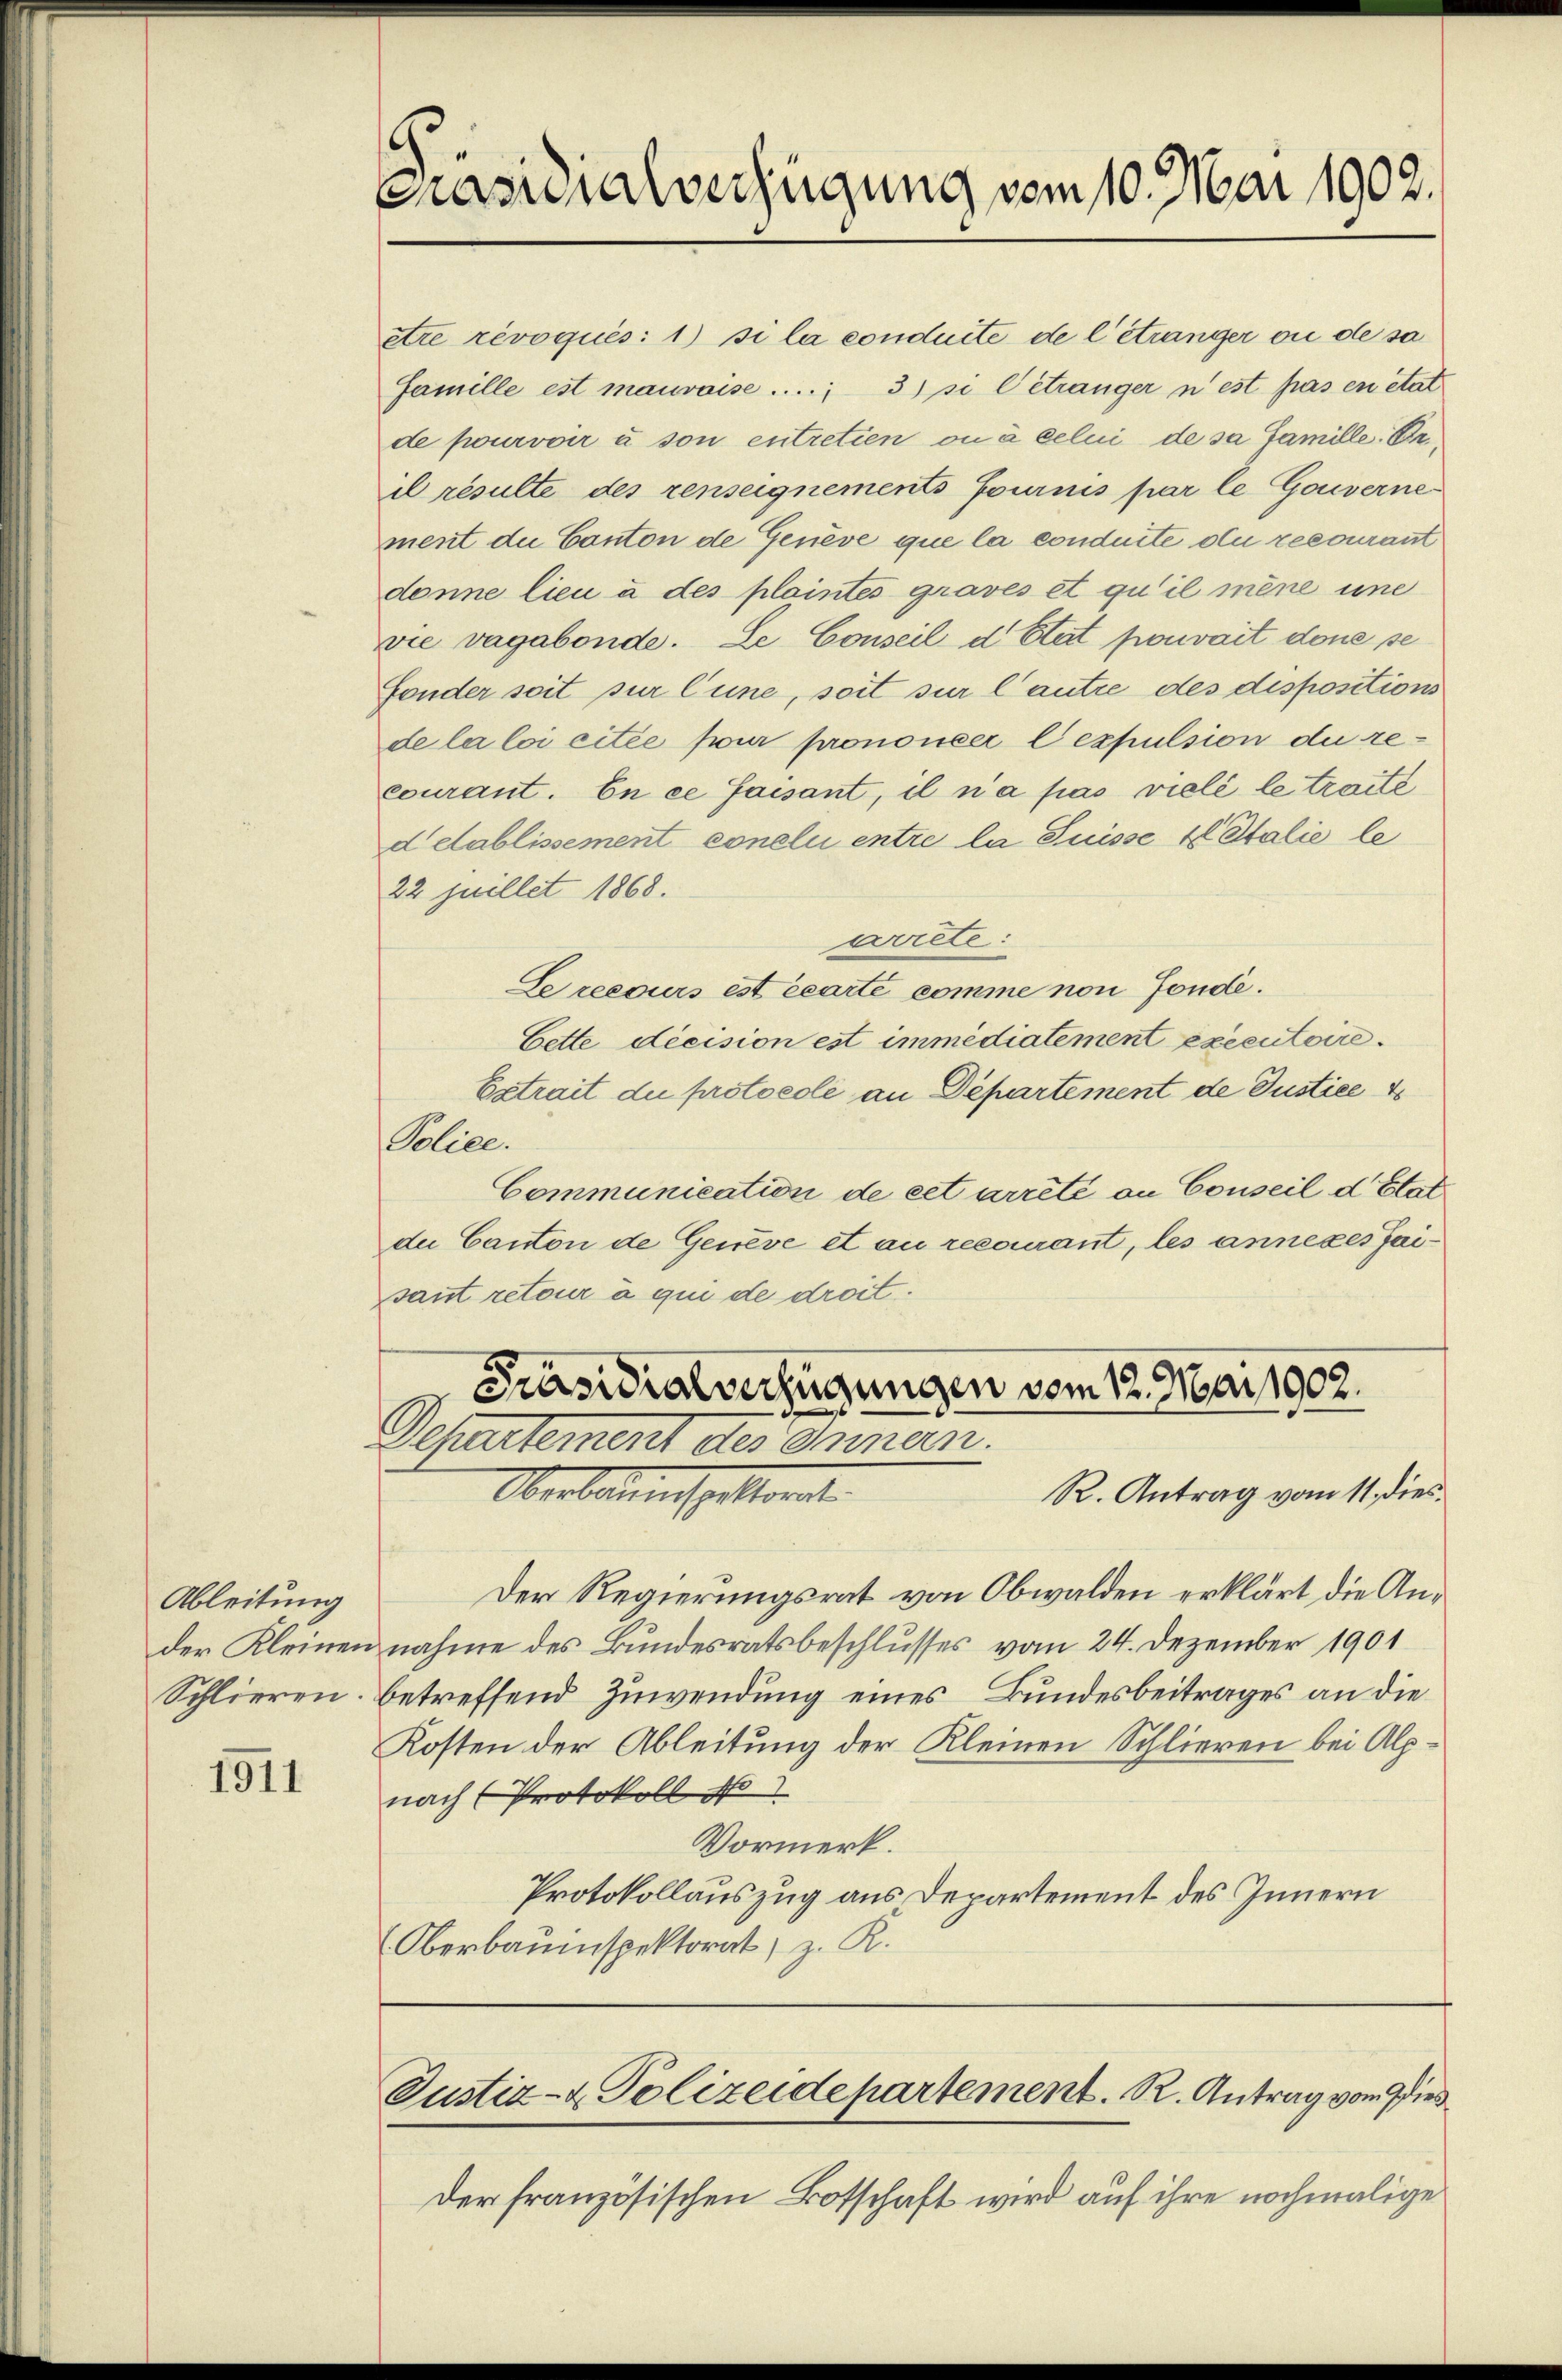
Ableitung
Schlieren.

1911

.
Präsidialverfügung vom 10. Mai 1902.

être révoqués: 1) si la conduite de l’étranger ou de sa
Famille est mauvaise ..... 3) si betränger n’est pas en état
de pourvoir à son entretien ou à celui de sa famille. Er.
d resulte des renseignements fournis par le Gouvernement die Canton de Genève que la conduite du recourant
donne lieu à des plaintes graves et qu’il mène une
Die vagabonde. Le Conseil d’Etat pouvait done se
Fonder soit sur line, soit sur l’autre des dispositions
de la loi citée pour prononcer lexpulsion du recourant. En ce faisant, il n’a pas viele le traité
detablissement conelui entre la Suisse 4 Italie le
22 juillet 1868.
priete:
Se recours est écarte comme non Fonde.
Cette decision est immédiatement executoire.
Extrait du protocole an Departement de Justice
Police.
Communication de cet arrêté an Conseil d Etat
de Canton de Geneve et au recourant, les annexes Jaisant retour à qui de droit.

Präsidialverfügungen vom 12. Mai 1902.
Departement des Innen.
Oberbauenspettant
R. Antrag vom 11. dies

Der Regierungsrat von Obwalden erklärt die Ander Kleinen nahme des Bundesratsbeschlusses vom 24. Dezember 1901
betreffend Zuwendung eines Bundesbeitrages an die
Kosten der Ableitung der Kleinen Schlieren bei Alpnach Protokoll No 1
Vormerk.
Protokollauszug aus Departement des Innern
Oberbauinspektorat, z. R.

Justiz- & Polizeidepartement. R. Antrag vom 9 dies

Der französischen Botschaft wird auf ihre nochmalige